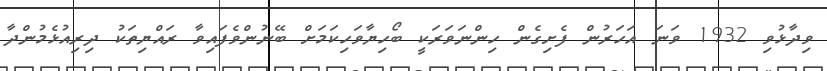
ވިދާޅުވި 1932 ވަނަ އަހަރުން ފެށިގެން ހިންނަވަރަކީ ބޯހިޔާވަހިކަމަށް ބޭނުންވެފައިވާ ރައްޔިތަކު ދިރިއުޅެމުންދާ